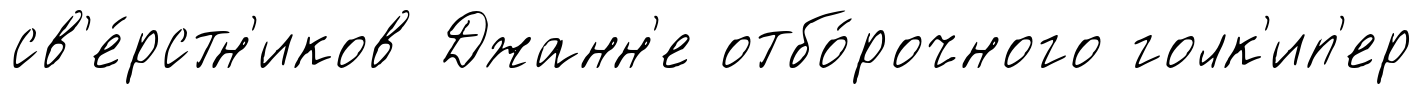
св'е́рстн'иков Джанн'е отбо́рочного голк'ип'ер